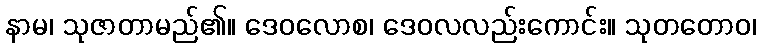
နာမ၊ သုဇာတာမည်၏။ ဒေဝလောစ၊ ဒေဝလလည်းကောင်း။ သုတတောဝ၊